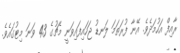
ރާއިފް އަހުމަދެވެ. އޭނާ ފުރަތަމަ ލަނޑު ޖަހައިފައިވަނީ މެޗުގެ 43 ވަނަ މިޓުގައެވެ.